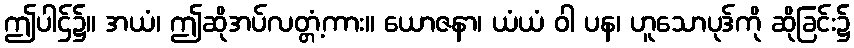
ဤပါဌ်၌။ အယံ၊ ဤဆိုအပ်လတ္တံ့ကား။ ယောဇနာ၊ ယံယံ ဝါ ပန၊ ဟူသောပုဒ်ကို ဆိုခြင်း၌